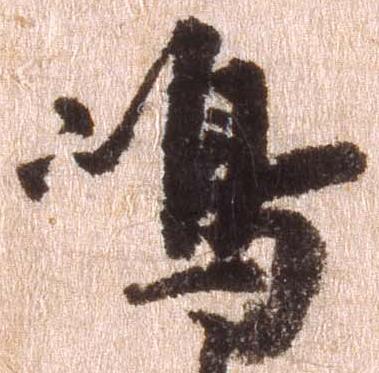
島